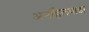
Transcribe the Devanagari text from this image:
अनहिलवाडा